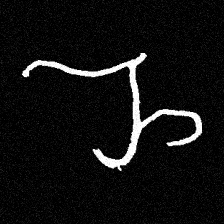
Pyu character \u2014 Myanmar letter: ည (romanized: nya)